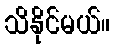
သိနိုင်မယ်။